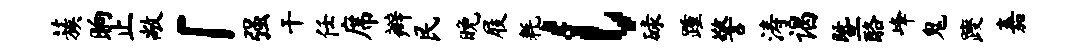
蔟晌止敞「强干任席辫民晚屐耗l碌踵警涛谒暨酪峰鬼躞嘉